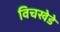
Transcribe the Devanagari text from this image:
विचखेडे